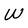
Character: W